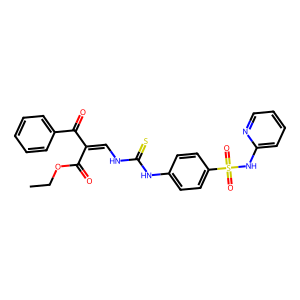
SMILES: CCOC(=O)C(=CNC(=S)Nc1ccc(S(=O)(=O)Nc2ccccn2)cc1)C(=O)c1ccccc1
Inhibits HIV replication: No